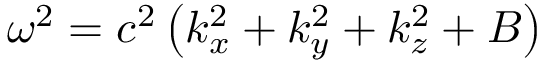
\omega ^ { 2 } = c ^ { 2 } \left( k _ { x } ^ { 2 } + k _ { y } ^ { 2 } + k _ { z } ^ { 2 } + B \right)